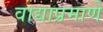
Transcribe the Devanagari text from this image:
वाद्याप्रमाणे